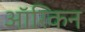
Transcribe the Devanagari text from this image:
ऑरिकन